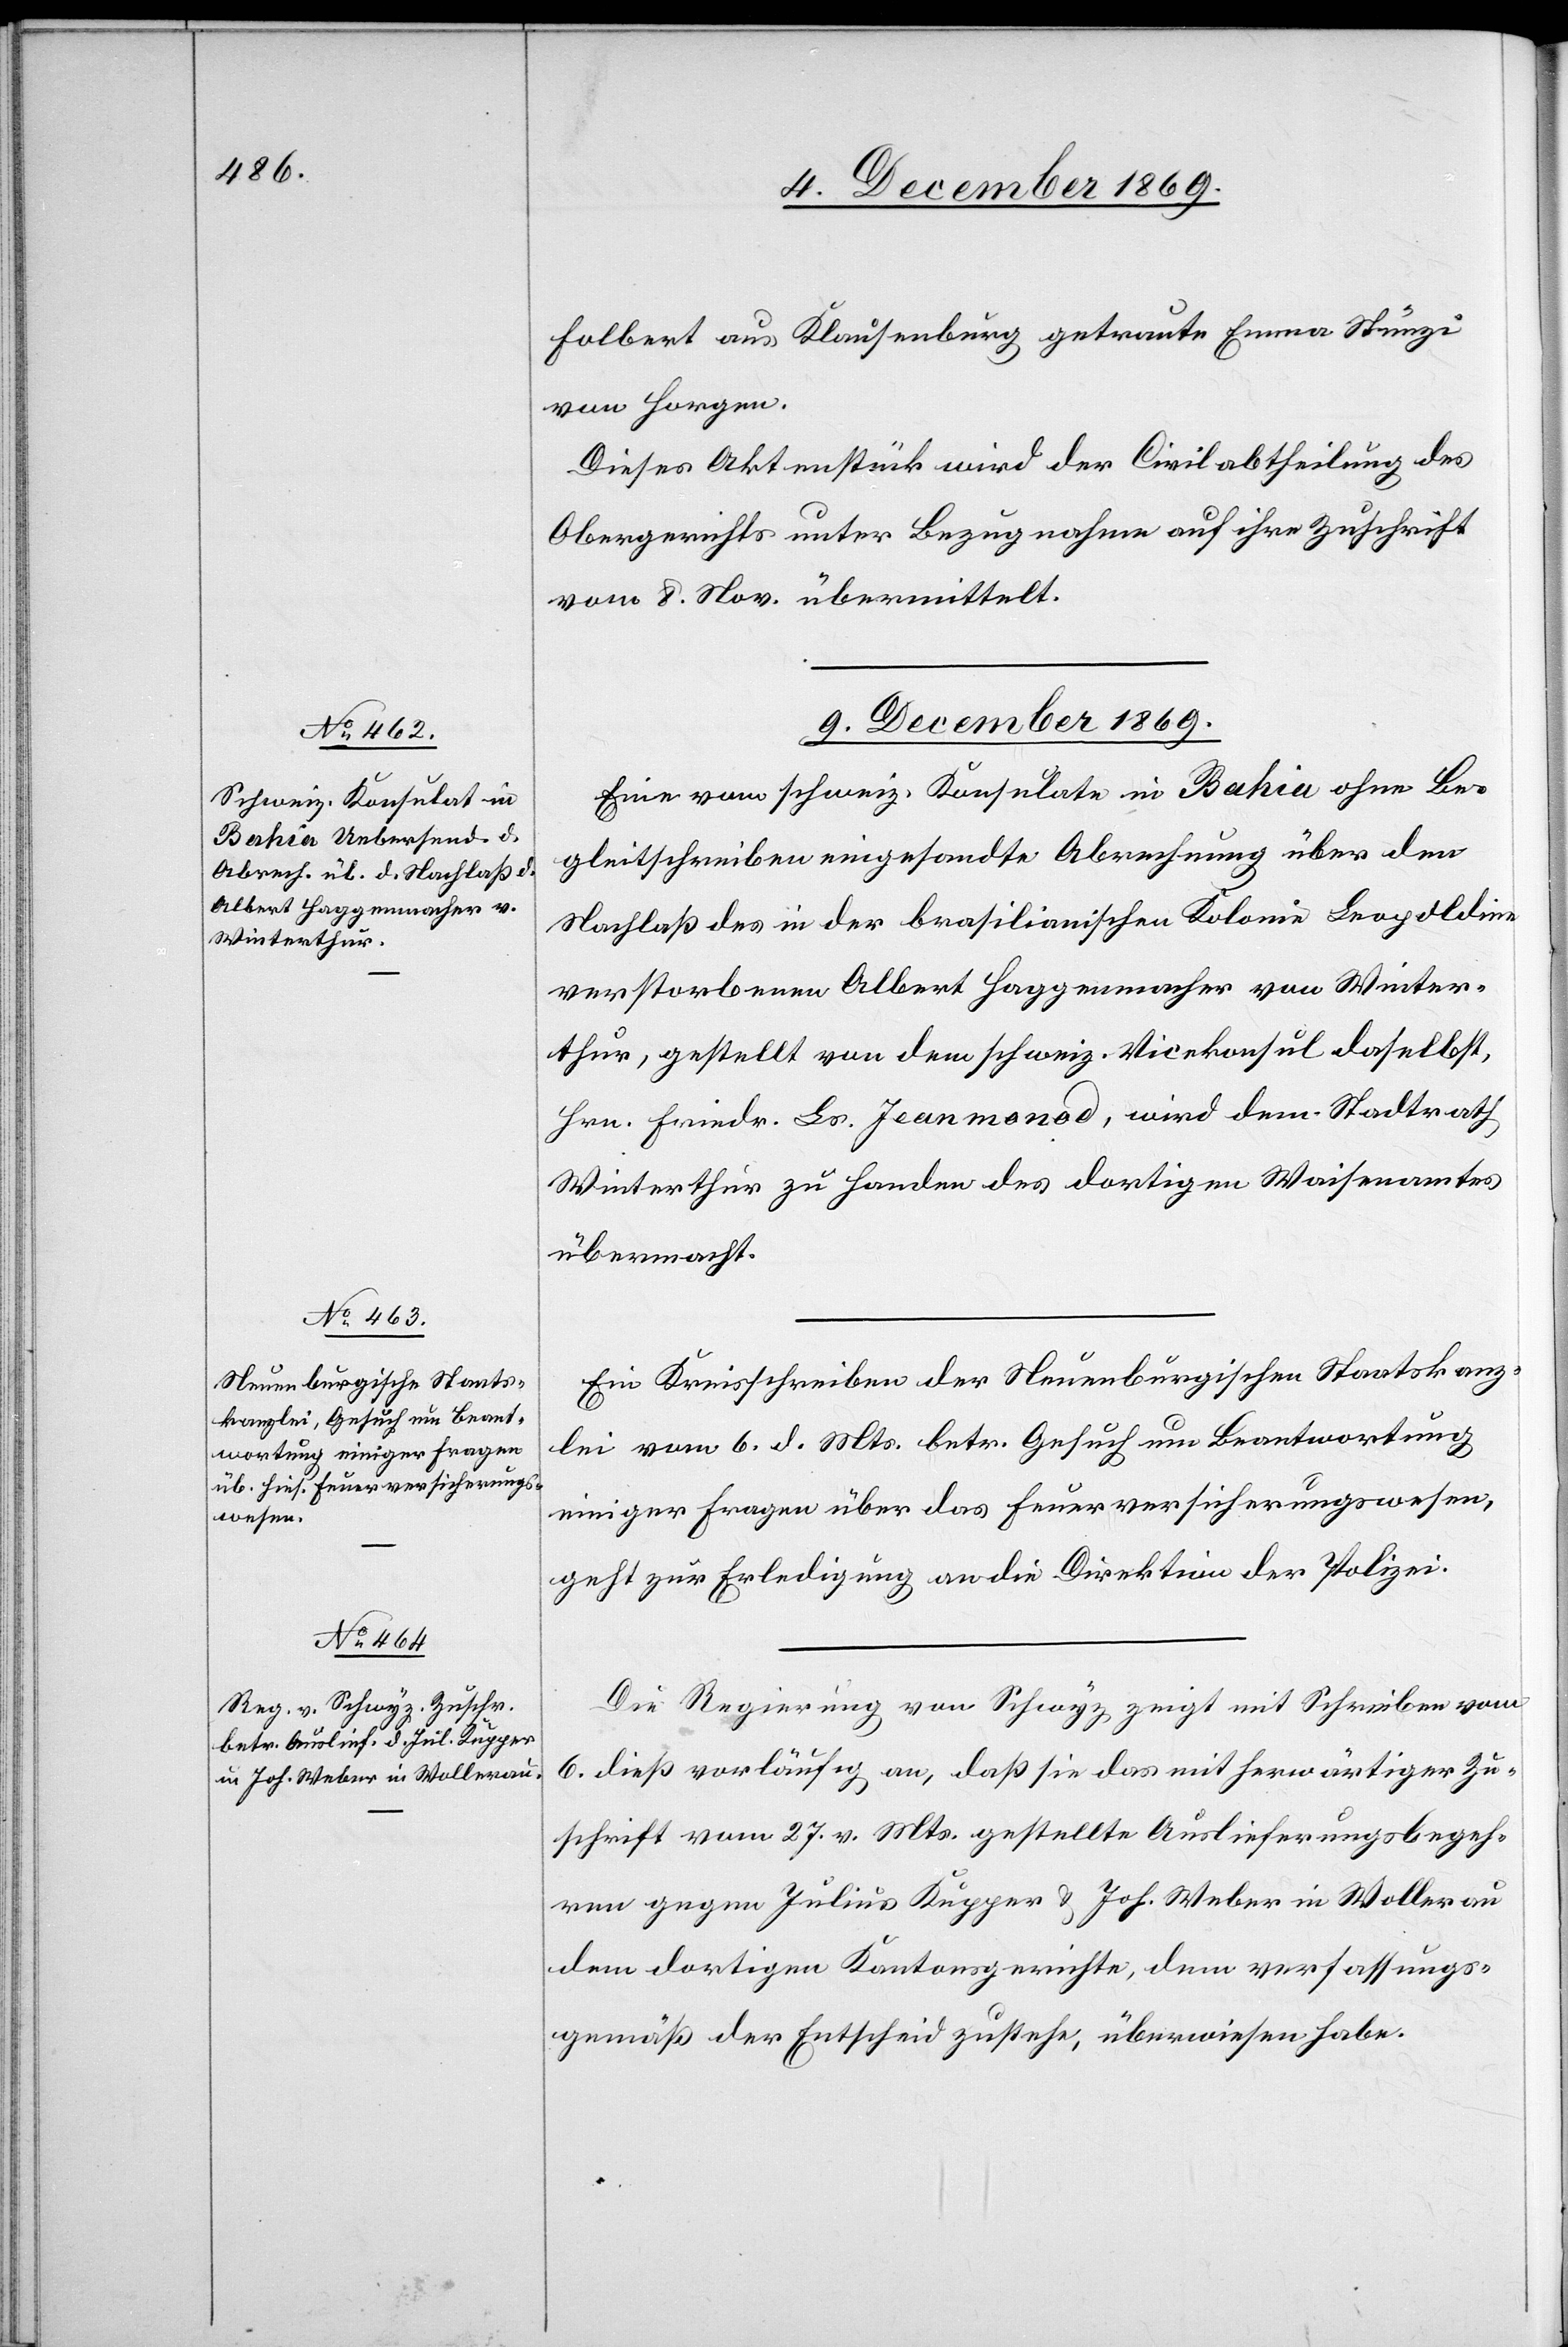
Folbert aus Klausenburg getraute Emma Stünzi
von Horgen.
Dieses Aktenstück wird der Civilabtheilung des
Obergerichts unter Bezugnahme auf ihre Zuschrift
vom 8. Nov. übermittelt.
9. December 1869.]
Eine vom schweiz. Konsulate in Bahia ohne Be¬
gleitschreiben eingesandte Abrechnung über den
Nachlaß des in der brasilianischen Kolonie Leopoldine
verstorbenen Albert Haggenmacher von Winter¬
thur, gestellt von dem schweiz. Vicekonsul daselbst,
Hrn. Friedr. Ls. Jeanmonod, wird dem Stadtrat
Winterthur zu Handen des dortigen Waisenamtes
übermacht.
Ein Kreisschreiben der Neuenburgischen Staatskanz¬
lei vom 6. d. Mts. betr. Gesuch um Beantwortung
einiger Fragen über das Feuerversicherungswesen,
geht zur Erledigung an die Direktion der Polizei.
Die Regierung von Schwyz zeigt mit Schreiben vom
6. dieß vorläufig an, daß sie das mit herwärtiger Zu¬
schrift vom 27. v. Mts. gestellte Auslieferungsbegeh¬
ren gegen Julius Kupper & Joh. Weber in Wollerau
dem dortigen Kantonsgerichte, dem verfassungs¬
gemäß der Entscheid zustehe, überwiesen habe.